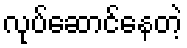
လုပ်ဆောင်နေတဲ့